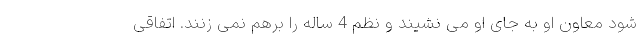
شود معاون او به جای او می نشیند و نظم 4 ساله را برهم نمی زنند. اتفاقی